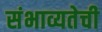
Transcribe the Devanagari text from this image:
संभाव्यतेची